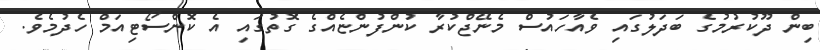
ބިން ދޫކުރުމުގެ ބަދަލުގައި ވެއާހައުސް މެނޭޖްކުރާ ކުންފުންޏެއްގެ ގޮތުގައި އެ ކޮންސޯޓިއަމް ހެދުމެވެ.